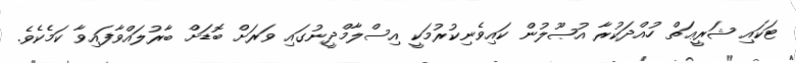
ޓަކައި ޝަރީޢަތް ހުއްދަކުރާ އުޞޫލުން ކައިވެނިކުރުމަކީ އިސްލާމްދީނުގައި ވަރަށް ބޮޑަށް ބާރުލައްވާފައިވާ ކަމެކެވެ.